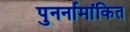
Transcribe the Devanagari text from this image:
पुनर्नामांकित